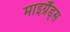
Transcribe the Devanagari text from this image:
माइग्रैंड्स